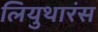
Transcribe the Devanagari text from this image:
लियुथारंस